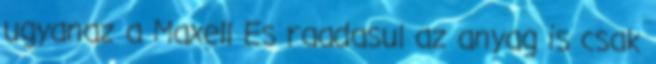
ugyanaz a Maxell Es raadasul az anyag is csak